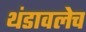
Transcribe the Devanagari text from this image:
थंडावलेच